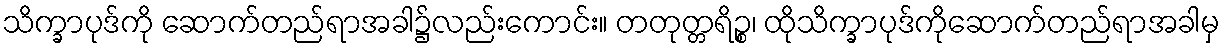
သိက္ခာပုဒ်ကို ဆောက်တည်ရာအခါ၌လည်းကောင်း။ တတုတ္တရိဉ္စ၊ ထိုသိက္ခာပုဒ်ကိုဆောက်တည်ရာအခါမှ